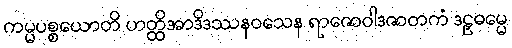
ကမ္မပစ္စယောတိ ဟတ္ထိအာဒိဒဿနဝသေန ရာဇောဝါဒဇာတကံ ဒဠှဓမ္မေ